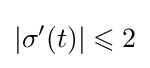
|\sigma '(t)|\leqslant 2